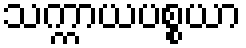
သက္ကာယပစ္စယာ